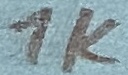
Text: 1K